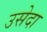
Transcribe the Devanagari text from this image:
उसेदा